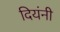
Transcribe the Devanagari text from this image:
दियंनी